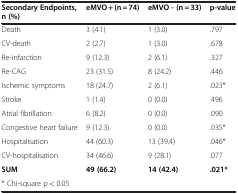
| Secondary Endpoints, n (%) | eMVO + (n = 74) | eMVO - (n = 33) | p-value |
 | --- | --- | --- | --- |
 | Death | 3 (4.1) | 1 (3.0) | .797 |
 | CV-death | 2 (2.7) | 1 (3.0) | .678 |
 | Re-infarction | 9 (12.3) | 2 (6.1) | .327 |
 | Re-CAG | 23 (31.5) | 8 (24.2) | .446 |
 | Ischemic symptoms | 18 (24.7) | 2 (6.1) | .023* |
 | Stroke | 1 (1.4) | 0 (0.0) | .496 |
 | Atrial fibrillation | 6 (8.2) | 0 (0.0) | .090 |
 | Congestive heart failure | 9 (12.3) | 0 (0.0) | .035* |
 | Hospitalisation | 44 (60.3) | 13 (39.4) | .046* |
 | CV-hospitalisation | 34 (46.6) | 9 (28.1) | .077 |
 | SUM | 49 (66.2) | 14 (42.4) | .021* |
 | * Chi-square p < 0.05 |  |  |  |